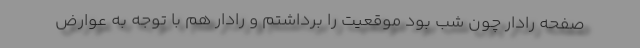
صفحه رادار چون شب بود موقعیت را برداشتم و رادار هم با توجه به عوارض